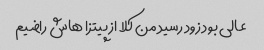
عالی بود زود رسید من کلا از پیتزا هاش راضیم